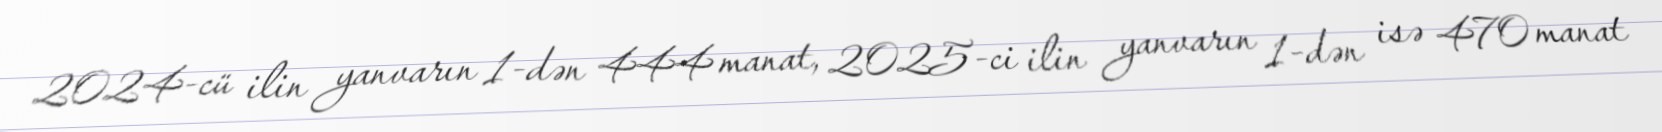
2024-cü ilin yanvarın 1-dən 444 manat, 2025-ci ilin yanvarın 1-dən isə 470 manat